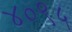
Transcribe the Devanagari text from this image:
४०९५